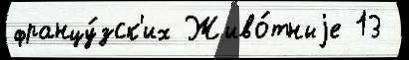
францу́зск'их Живо́тныjе 13